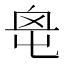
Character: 𡴓